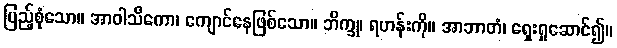
ပြည့်စုံသော။ အာဝါသိကော၊ ကျောင်နေဖြစ်သော။ ဘိက္ခု၊ ရဟန်းကို။ အာဘာတံ၊ ရှေးရှုဆောင်၍။